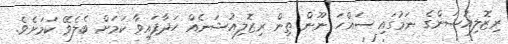
ރިޒޮލިއުޝަންގެ ނަމުގައި ސައްހަ ނޫން ތިން ރިޒޮލިއުޝަނެއް ހަދާފައިވާ ކަމަށް ބެލެވޭ ކަމަށެވެ.